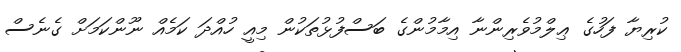
ކުރިޔާ ފަހުގެ ޢިލްމުވެރިންނާ އިމާމުންގެ ބަސްފުޅުތަކުން މިއީ ހުއްދަ ކަމެއް ނޫންކަމަށް ގެނެސް